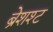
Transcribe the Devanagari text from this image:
ब्रेशश्ट